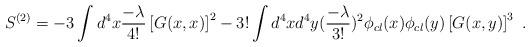
LaTeX: \begin{align*}S^{(2)} = - 3\int d^4 x {-\lambda\over 4!} \left[ G(x,x) \right]^2 - 3!\int d^4 x d^4 y ({-\lambda\over 3!})^2 \phi_{cl} (x) \phi_{cl} (y) \left[ G(x,y)\right]^3\,\,.\end{align*}